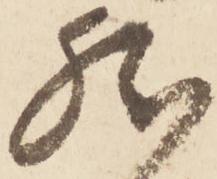
然